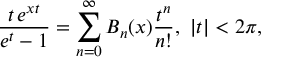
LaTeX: \frac { t \, e ^ { x t } } { e ^ { t } - 1 } = \sum _ { n = 0 } ^ { \infty } B _ { n } ( x ) \frac { t ^ { n } } { n ! } , \, \, | t | < 2 \pi ,